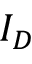
I _ { D }